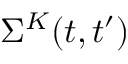
\Sigma ^ { K } ( t , t ^ { \prime } )